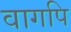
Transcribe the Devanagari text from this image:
वागपि